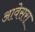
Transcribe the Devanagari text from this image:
आवेसरा